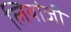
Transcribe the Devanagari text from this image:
लियांजी